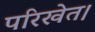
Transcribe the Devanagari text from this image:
परिखेत।